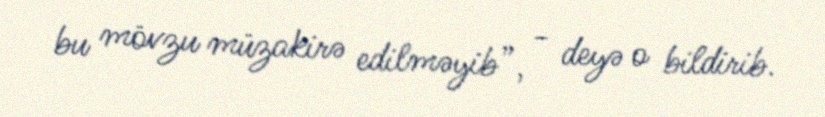
bu mövzu müzakirə edilməyib”, - deyə o bildirib.